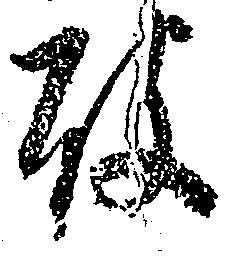
破